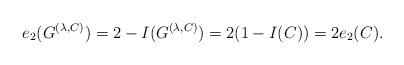
LaTeX: \begin{align*} e_2(G^{(\lambda,C)})=2-I(G^{(\lambda,C)}) =2(1-I(C))=2e_2(C).\end{align*}